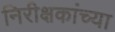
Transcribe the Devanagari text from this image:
निरीक्षकांच्या